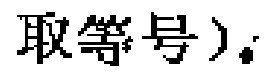
取等号）.